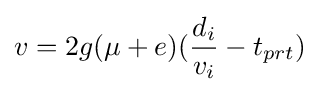
v=2g(\mu +e)({\frac {d_{i}}{v_{i}}}-t_{prt})